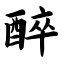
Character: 醉